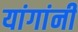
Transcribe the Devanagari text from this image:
यांगांनी